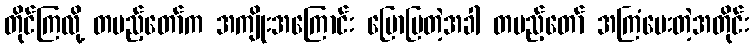
တိုင်ကြလို့ တပည့်တော်က အကျိုးအကြောင်း ပြောပြတဲ့အခါ တပည့်တော် အကြံပေးတဲ့အတိုင်း